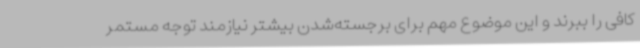
کافی را ببرند و این موضوع مهم برای برجسته‌شدن بیشتر نیازمند توجه مستمر